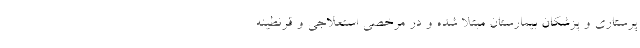
پرستاری و پزشکان بیمارستان مبتلا شده و در مرخصی استعلاجی و قرنطینه